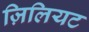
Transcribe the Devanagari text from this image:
ज़िलियट